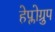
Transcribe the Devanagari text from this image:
हेप्लोग्रुप